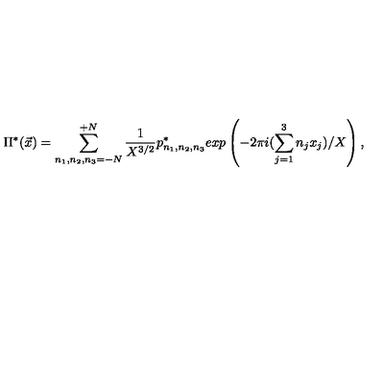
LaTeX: \Pi ^ { * } ( { \vec { x } } ) = \sum _ { n _ { 1 } , n _ { 2 } , n _ { 3 } = - N } ^ { + N } \frac { 1 } { X ^ { 3 / 2 } } p _ { n _ { 1 } , n _ { 2 } , n _ { 3 } } ^ { * } e x p \left( - 2 \pi i ( \sum _ { j = 1 } ^ { 3 } n _ { j } x _ { j } ) / X \right) ,